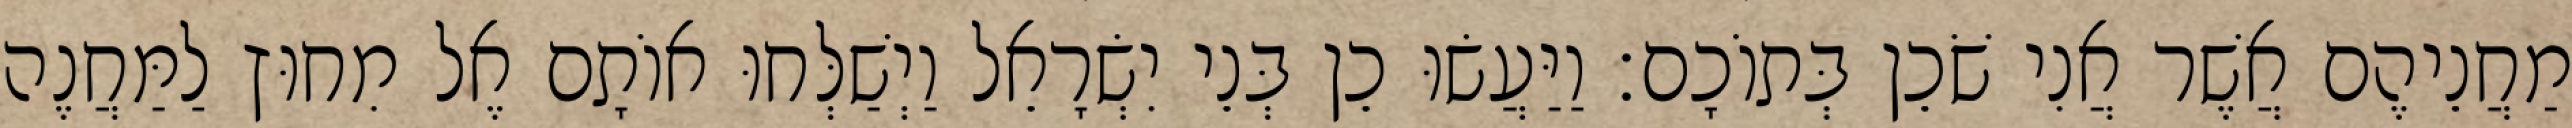
מַחֲנֵיהֶם אֲשֶׁר אֲנִי שֹׁכֵן בְּתוֹכָם׃ וַיַּעֲשׂוּ כֵן בְּנֵי יִשְׂרָאֵל וַיְשַׁלְּחוּ אוֹתָם אֶל מִחוּץ לַמַּחֲנֶה